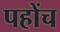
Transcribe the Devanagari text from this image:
पहोंच